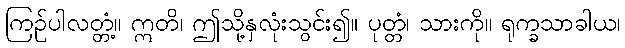
ကြဉ်ပါလတ္တံ့။ ဣတိ၊ ဤသို့နှလုံးသွင်း၍။ ပုတ္တံ၊ သားကို။ ရုက္ခသာခါယ၊